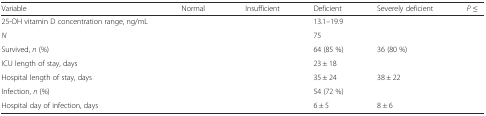
<table><thead><tr><td><b>Variable</b></td><td><b>Normal</b></td><td><b>Insufficient</b></td><td><b>Deficient</b></td><td><b>Severely deficient</b></td><td><b><i>P</i> ≤</b></td></tr></thead><tbody><tr><td>25-OH vitamin D concentration range, ng/mL</td><td>[EMPTY_CELL]</td><td>[EMPTY_CELL]</td><td>13.1–19.9</td><td>[EMPTY_CELL]</td><td>[EMPTY_CELL]</td></tr><tr><td><i>N</i></td><td>[EMPTY_CELL]</td><td>[EMPTY_CELL]</td><td>75</td><td>[EMPTY_CELL]</td><td>[EMPTY_CELL]</td></tr><tr><td>Survived, <i>n</i> (%)</td><td>[EMPTY_CELL]</td><td>[EMPTY_CELL]</td><td>64 (85 %)</td><td>36 (80 %)</td><td>[EMPTY_CELL]</td></tr><tr><td>ICU length of stay, days</td><td>[EMPTY_CELL]</td><td>[EMPTY_CELL]</td><td>23 ± 18</td><td>[EMPTY_CELL]</td><td>[EMPTY_CELL]</td></tr><tr><td>Hospital length of stay, days</td><td>[EMPTY_CELL]</td><td>[EMPTY_CELL]</td><td>35 ± 24</td><td>38 ± 22</td><td>[EMPTY_CELL]</td></tr><tr><td>Infection, <i>n</i> (%)</td><td>[EMPTY_CELL]</td><td>[EMPTY_CELL]</td><td>54 (72 %)</td><td>[EMPTY_CELL]</td><td>[EMPTY_CELL]</td></tr><tr><td>Hospital day of infection, days</td><td>[EMPTY_CELL]</td><td>[EMPTY_CELL]</td><td>6 ± 5</td><td>8 ± 6</td><td>[EMPTY_CELL]</td></tr></tbody></table>